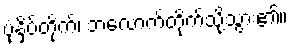
ပုံနှိပ်တိုက်၊ ဘလောက်တိုက်သို့သွား၏။